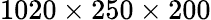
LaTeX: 1020\times 250\times 200